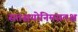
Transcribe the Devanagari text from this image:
सतश्चयोनिमसतश्च